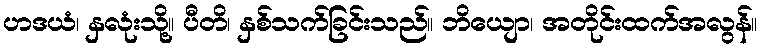
ဟဒယံ၊ နှလုံးသို့။ ပီတိ၊ နှစ်သက်ခြင်းသည်။ ဘိယျော၊ အတိုင်းထက်အလွန်။